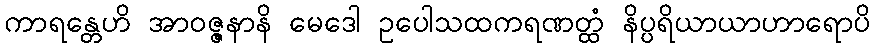
ကာရန္တေဟိ အာဝဇ္ဇနာနိ မေဒေါ ဥပေါသထကရဏတ္ထံ နိပ္ပရိယာယာဟာရောပိ